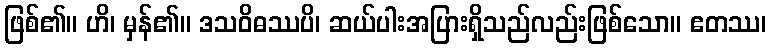
ဖြစ်၏။ ဟိ၊ မှန်၏။ ဒသဝိဓဿပိ၊ ဆယ်ပါးအပြားရှိသည်လည်းဖြစ်သော။ ဧတဿ၊